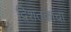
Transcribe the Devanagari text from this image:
द्विशतकांचा